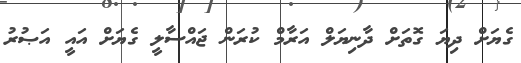
ގެޔަށް ދިޔަ ގޮތަށް ދާނިޔަލް އަރާމް ކުރަން ޖައްސާލީ ގެޔަށް އައީ އަޞުރު